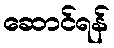
ဆောင်ရန်